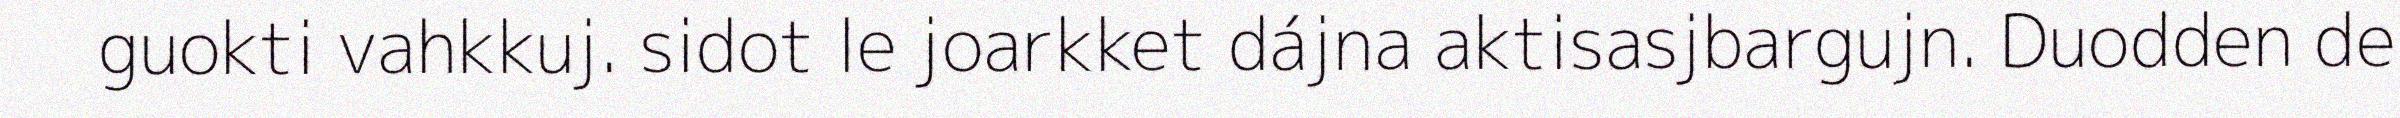
guokti vahkkuj. sidot le joarkket dájna aktisasjbargujn. Duodden de